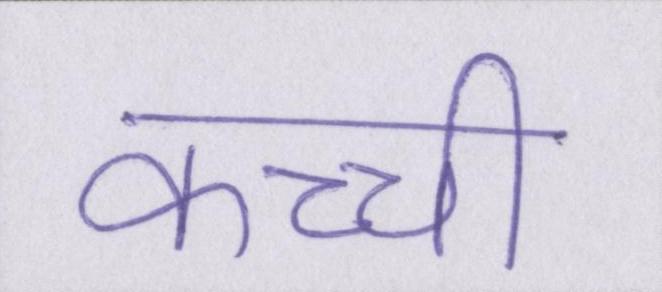
कच्ची